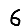
Digit: 6